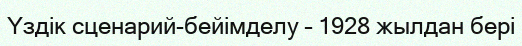
Үздік сценарий-бейiмделу – 1928 жылдан бері